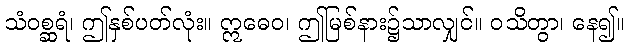
သံဝစ္ဆရံ၊ ဤနှစ်ပတ်လုံး။ ဣဓေဝ၊ ဤမြစ်နား၌သာလျှင်။ ဝသိတွာ၊ နေ၍။